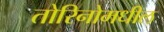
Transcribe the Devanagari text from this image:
तोरिनोमधील